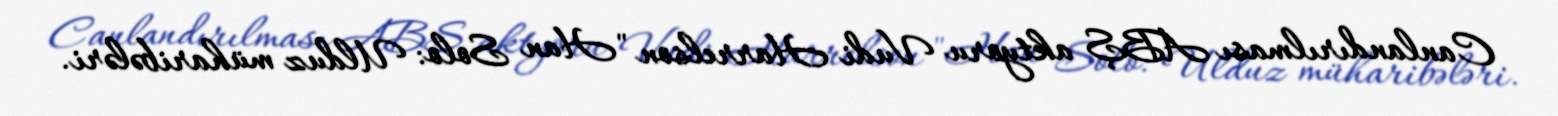
Canlandırılması ABŞ aktyoru Vudi Harrelson "Han Solo: Ulduz müharibələri.